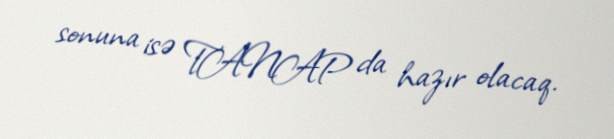
sonuna isə TANAP da hazır olacaq.